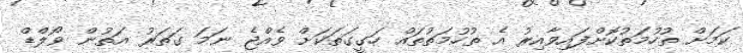
ކަމަށް ތުހުމަތުކޮށްފައިވާއިރު އެ ތުހުމަތުތައް ހަގީގަތަކަށް ވެއްޖެ ނަމަ ގަތަރު އަތުން ވޯލްޑް